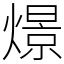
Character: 燝